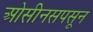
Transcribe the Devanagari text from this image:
ओसीनसपसून